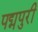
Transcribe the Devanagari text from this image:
पद्मपुरी